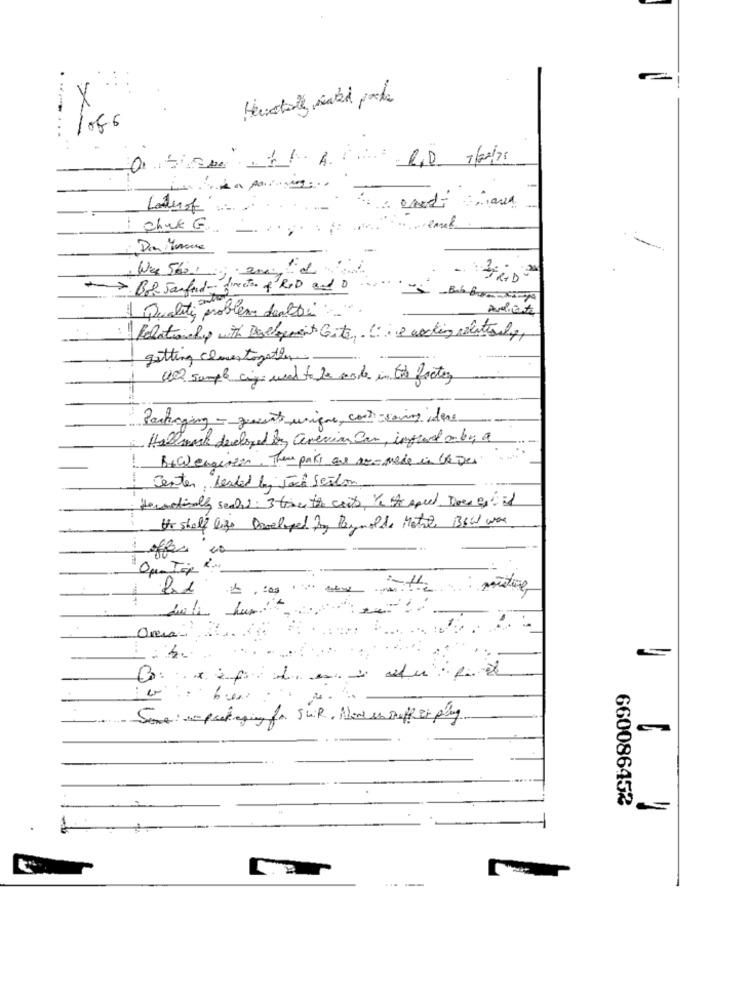
--...
RID 7/2/20
Lader of
-
Der Mame
>> Be Sanford- director of ROD and 0
Quality problem dealtri :-
Avalicante
Relationly with Development Gite, 1: is working colateral,
getting closer togather
We sample cigo weak to be made in the factory
Parkinging - queents unique, continuing idere
Hallmark developed By Grevin Ia, infront aby, a
-
B+Wengines, Then pake are ac-made in lever
Jenter, Leaked by Jack Seiton
Hornofinaly sechs: 3 time the costs, Yo he speed Does go if
Ho shelf life Developed by Reynolds Metre Bowl was
. : posting
660086452